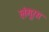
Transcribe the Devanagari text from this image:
लंगूरस